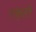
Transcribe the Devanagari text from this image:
राकृती